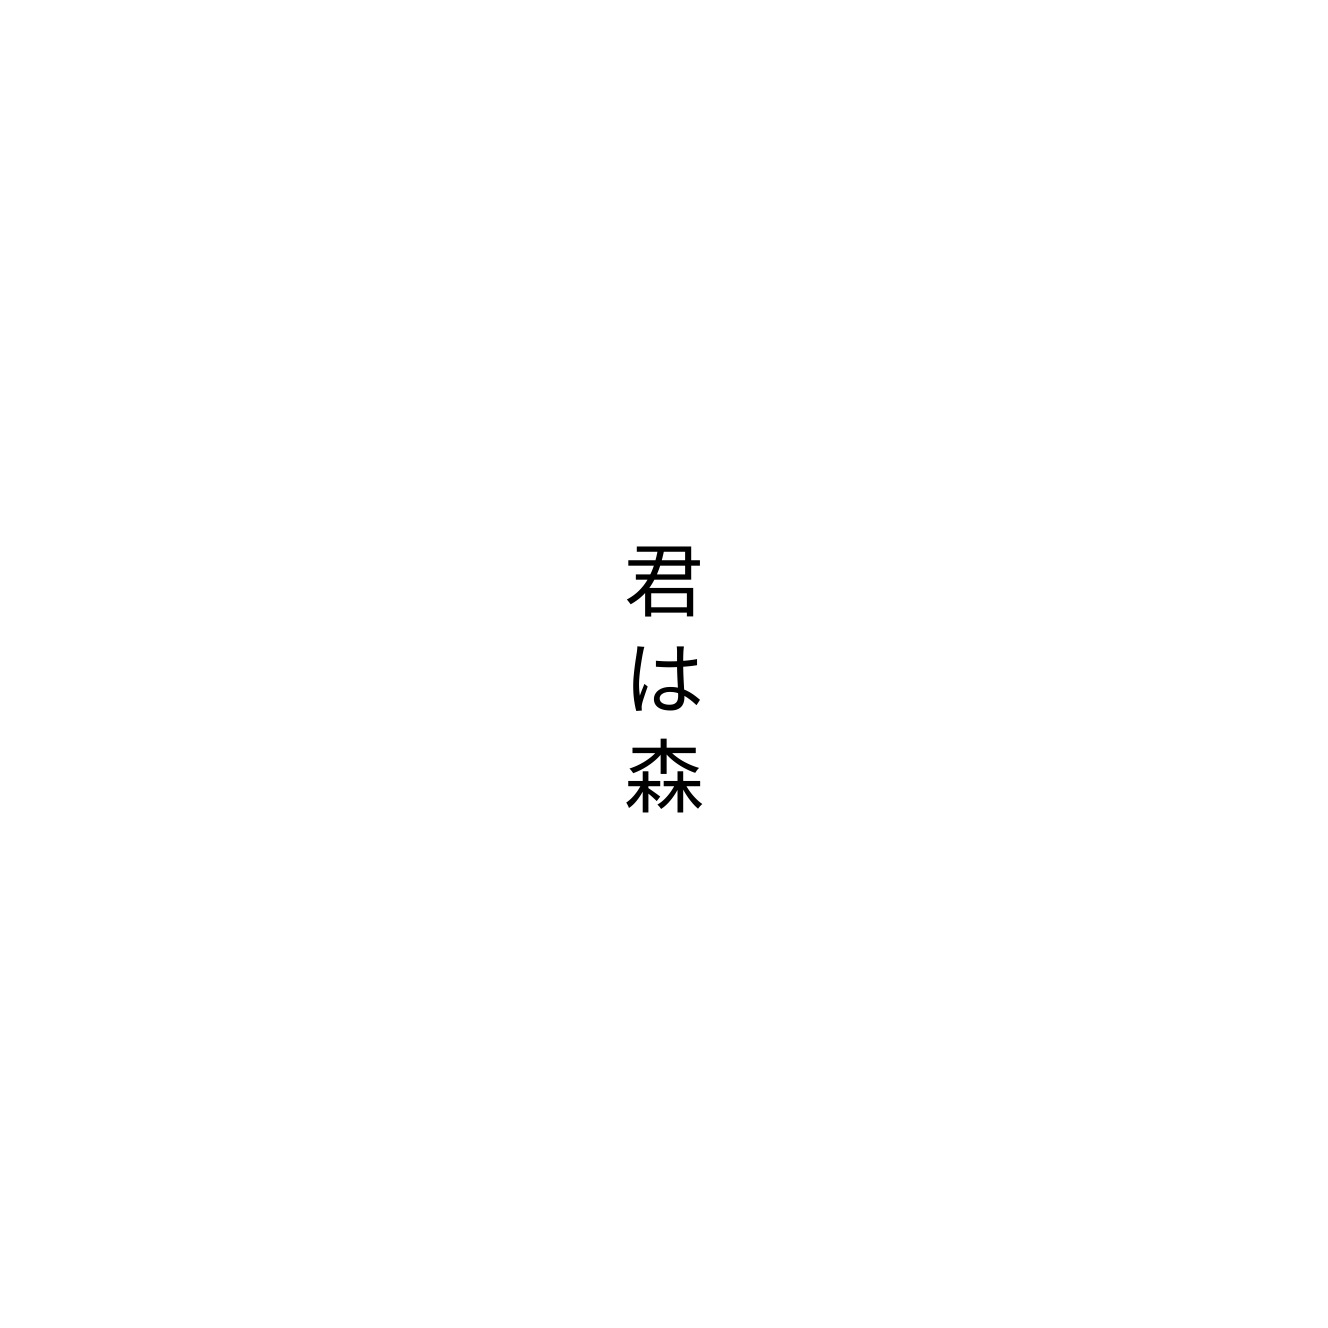
君は森